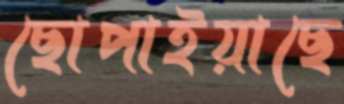
ছোপাইয়াছে